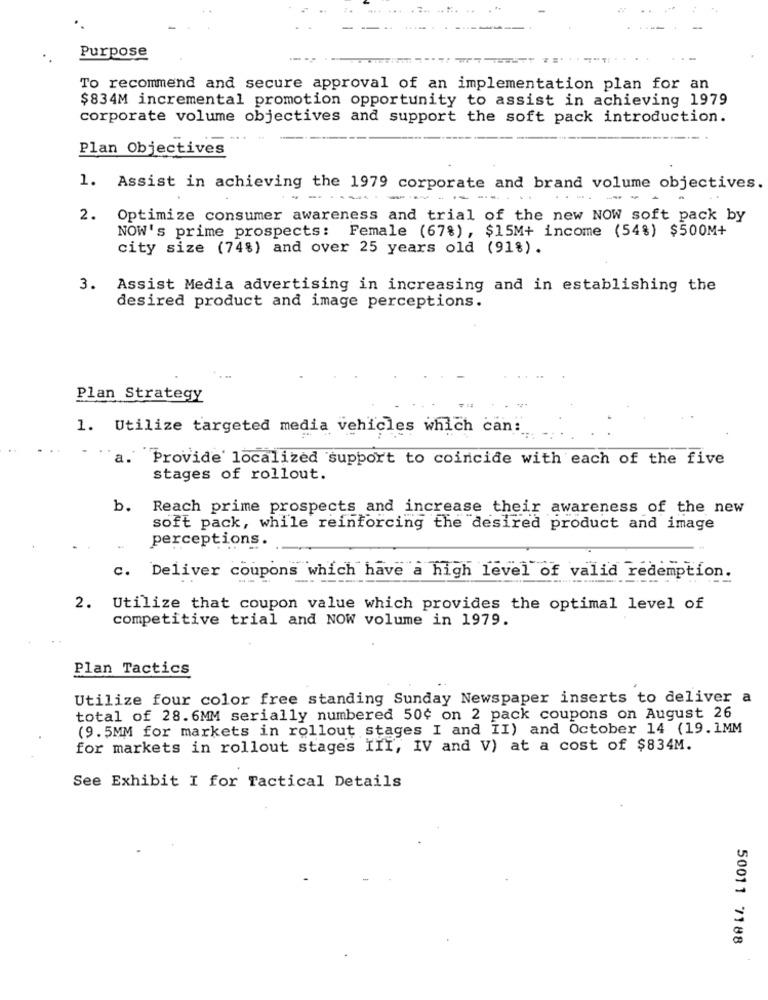
Purpose
To recommend and secure approval of an implementation plan for an
$834M incremental promotion opportunity to assist in achieving 1979
corporate volume objectives and support the soft pack introduction.
Plan Objectives
1. Assist in achieving the 1979 corporate and brand volume objectives.
------
-.
--
2.
Optimize consumer awareness and trial of the new NOW soft pack by
NOW's prime prospects: Female (67%), $15M+ income (54%) $500M+
city size (74%) and over 25 years old (91%).
3. Assist Media advertising in increasing and in establishing the
desired product and image perceptions.
Plan Strategy
1. Utilize targeted media vehicles which can:
a.
Provide' localized support to coincide with each of the five
stages of rollout.
b.
Reach prime prospects and increase their awareness of the new
soft pack, while reinforcing the desired product and image
perceptions.
c. Deliver coupons which have a high level of valid redemption.
2. Utilize that coupon value which provides the optimal level of
competitive trial and NOW volume in 1979.
Plan Tactics
Utilize four color free standing Sunday Newspaper inserts to deliver a
total of 28.6MM serially numbered 50¢ on 2 pack coupons on August 26
(9.5MM for markets in rollout stages I and II) and October 14 (19. 1MM
for markets in rollout stages III, IV and V) at a cost of $834M.
See Exhibit I for Tactical Details
50011 7188